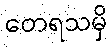
တေရသမှိ